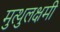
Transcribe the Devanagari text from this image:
मुत्थुलक्षमी